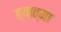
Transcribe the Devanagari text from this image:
ह्यात्मा